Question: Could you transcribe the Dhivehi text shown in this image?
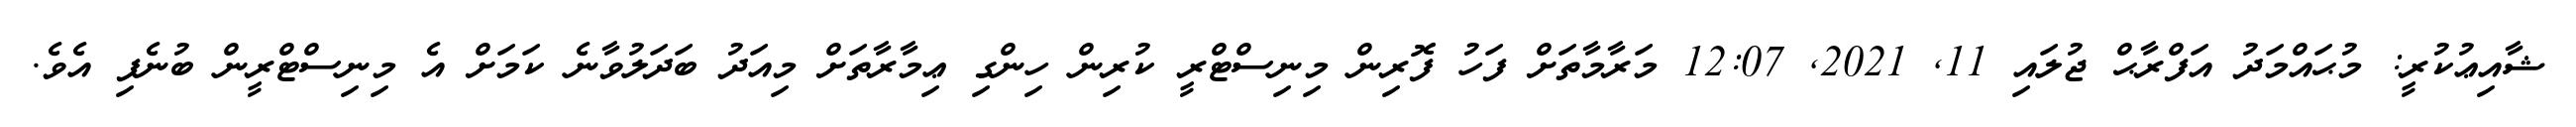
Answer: ޝާއިޢުކުރީ: މުޙައްމަދު އަފްރާޙް ޖުލައި 11, 2021, 12:07 މަރާމާތަށް ފަހު ފޮރިން މިނިސްޓްރީ ކުރިން ހިންގި ޢިމާރާތަށް މިއަދު ބަދަލުވާނެ ކަމަށް އެ މިނިސްޓްރީން ބުނެފި އެވެ.